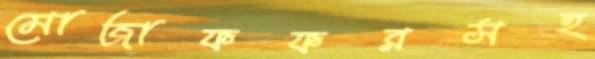
মোজাফফরসহ